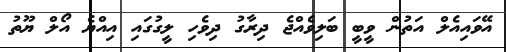
އޭވައިއެލް އަތުން ވީބީ ބަލިވެއްޖެ ދިރާގު ދިވެހި ލީގުގައި އިއްޔެ އޯލް ޔޫތު